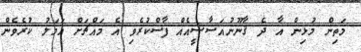
މަތިން މުޅިން އާ ދެ ޤާނޫނުއަސާސީއެއް ފާސްކުރެވި އެ މައްޗަށް އަމަލު ކުރެވެން